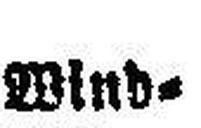
Wind=